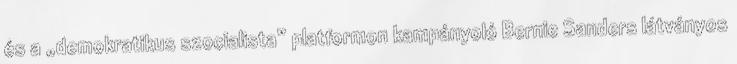
és a „demokratikus szocialista” platformon kampányoló Bernie Sanders látványos